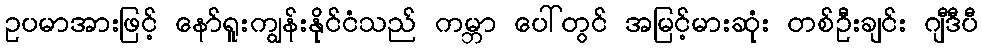
ဥပမာအားဖြင့် နော်ရူးကျွန်းနိုင်ငံသည် ကမ္ဘာ ပေါ်တွင် အမြင့်မားဆုံး တစ်ဦးချင်း ဂျီဒီပီ